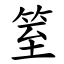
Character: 䇪